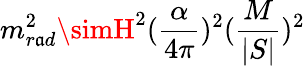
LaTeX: m_{r\mathfrak{a}d}^{2}\simH^{2}({\frac{{\alpha}}{{4\pi}}})^{2}({\frac{{M}}{{|S|}}})^{2}